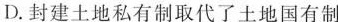
D.封建土地私有制取代了土地国有制